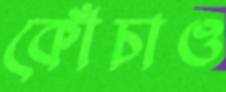
কোঁচাও